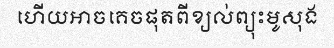
ហើយអាចគេចផុតពីខ្យល់ព្យុះមូសុង